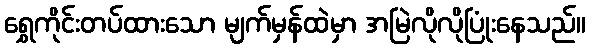
ရွှေကိုင်းတပ်ထားသော မျက်မှန်ထဲမှာ အမြဲလိုလိုပြုံးနေသည်။